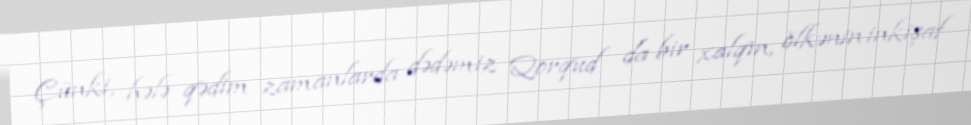
Çünki, hələ qədim zamanlarda dədəmiz Qorqud da bir xalqın, ölkənin inkişaf